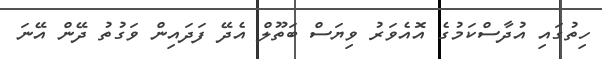
ހިތުގައި އުދާސްކަމުގެ އޮއެވަރު ވިޔަސް ބަތޫލް އެދޭ ފަދައިން ވަގުތު ދޭން އޭނަ